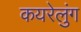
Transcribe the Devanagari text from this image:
कयरेलुंग